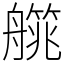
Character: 艞